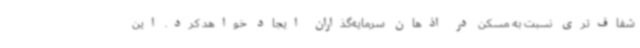
شفاف‌تری نسبت به مسکن در اذهان سرمایه‌گذاران ایجاد خواهد کرد. این